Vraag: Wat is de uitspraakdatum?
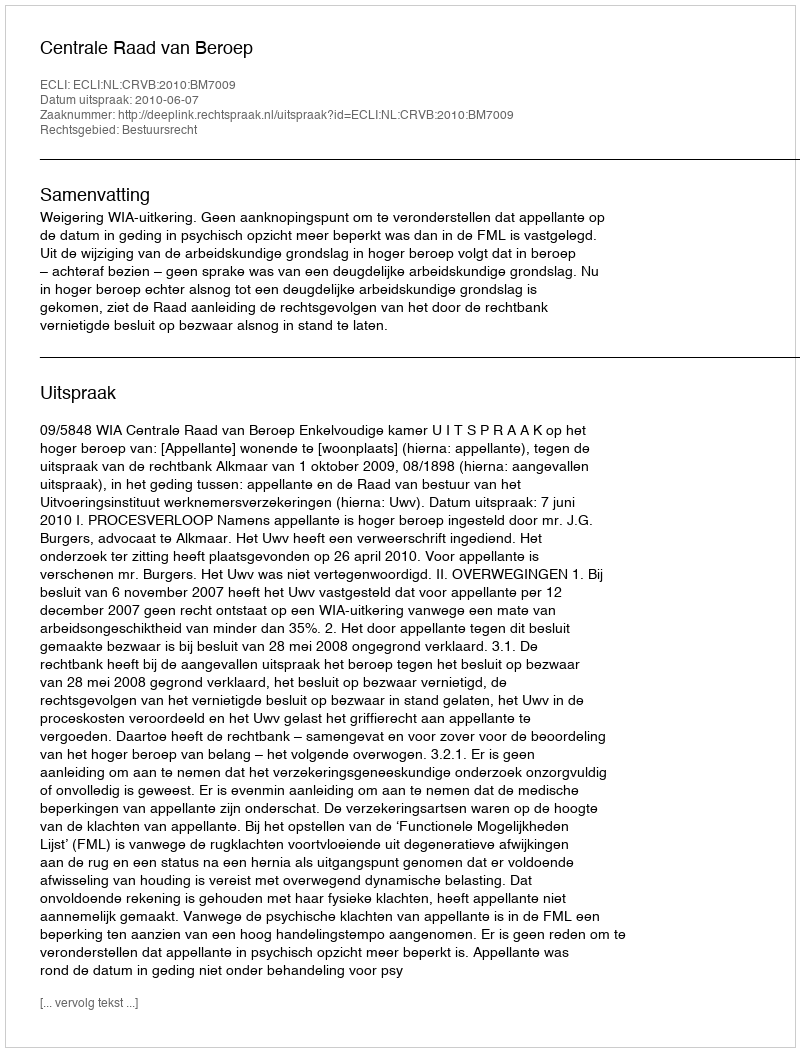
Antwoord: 2010-06-07